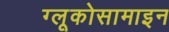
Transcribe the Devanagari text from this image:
ग्लूकोसामाइन